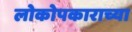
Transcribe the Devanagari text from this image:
लोकोपकाराच्या